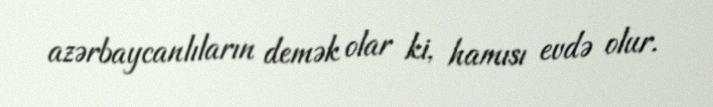
azərbaycanlıların demək olar ki, hamısı evdə olur.